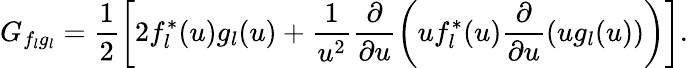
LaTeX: G_{f_{l}g_{l}}=\frac{1}{2}\left[2f_{l}^{*}(u)g_{l}(u)+\frac{1}{u^{2}}\frac{\partial}{\partial u}\left(uf_{l}^{*}(u)\frac{\partial}{\partial u}\left(ug_{l}(u)\right)\right)\right].